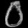
Digit: ၀